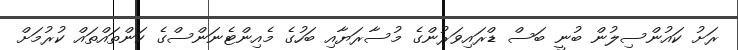
ރަށު ކައުންސިލުން ބުނީ ބަސް ޑްރައިވަރުންގެ މުސާރަޔާއި ބަހުގެ މެއިންޓެނަންސްގެ ކަންތައްތައް ކުރުމަށް